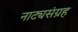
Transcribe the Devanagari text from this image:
नाट्यसंग्रह